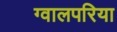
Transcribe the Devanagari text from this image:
ग्वालपरिया